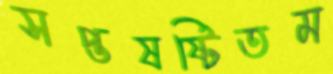
সপ্তষষ্টিতম